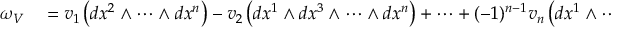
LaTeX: \begin{array} { r l } { \omega _ { V } } & { { } = v _ { 1 } \left( d x ^ { 2 } \wedge \cdots \wedge d x ^ { n } \right) - v _ { 2 } \left( d x ^ { 1 } \wedge d x ^ { 3 } \wedge \cdots \wedge d x ^ { n } \right) + \cdots + ( - 1 ) ^ { n - 1 } v _ { n } \left( d x ^ { 1 } \wedge \cdots \wedge d x ^ { n - 1 } \right) } \end{array}